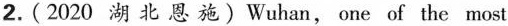
2.(2020 湖 北 恩 施)Wuhan, one of the most